Investigations into the jail dietaries of the United Provinces with some observations on the influence of dietary on the physical development and well-being of the people of the United Provinces - Number 48
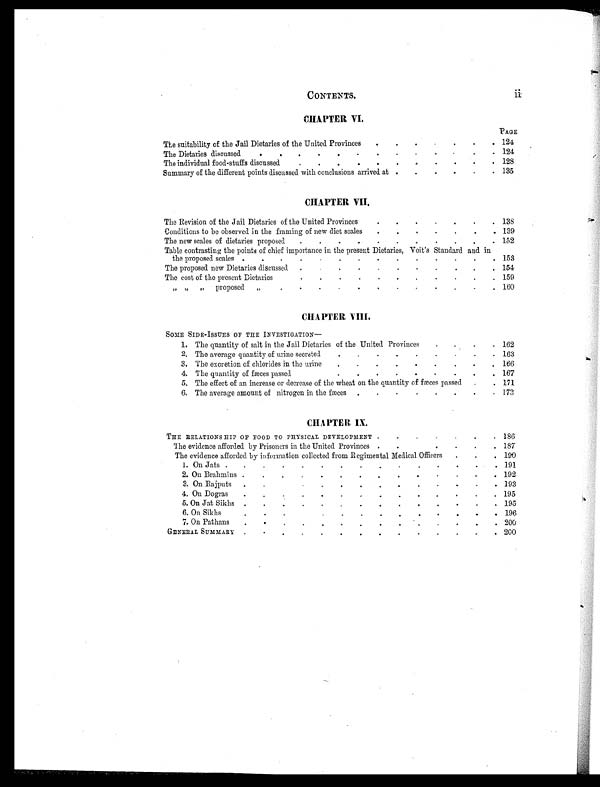
CONTENTS, ii
CHAPTER VI .
PAGE
The suitability of the Jail Dietaries of the United Provinces .
.
.
. .
.
. 124
The Dietaries discussed
.
.
.
.
.
.
.
.
.
.
.
.
. 124
The individual food-stuffs discussed
.
.
.
.
.
.
.
.
. . . 128
Summary of the different points discussed with conclusions arrived at .
. .
. . . 135
CHAPTER VII.
The Revision of the Jail Dietaries of the United Provinces
.
.
.
.
.
.
. 138
Conditions to be observed in the framing of new diet scales
.
.
. .
.
.
. 139
The new scales of dietaries proposed
.
.
.
.
.
.
.
.
.
.
. 152
Table contrasting the points of chief importance in the present Dietaries, Voit's Standard and in
the proposed scales .
.
.
.
.
.
.
.
.
.
.
. . . 1 5 3
The proposed new Dietaries discussed . .
. .
.
.
.
.
.
.
.
. 154
The cost of the present Dietaries
.
.
.
.
.
.
.
. .
. . . 159
„ „ „ proposed „
.
.
.
.
.
.
.
. .
.
.
. 160
C H A P T E R V I I I .
SOME SIDE-ISSUES OF THE INVESTIGATION
—
1. The quantity of salt in the Jail Dietaries of the United Provinces
.
.
.
. 162
2. The average quantity of urine secreted
.
.
.
.
.
.
.
.
. 163
3. The excretion of chlorides in the urine
.
.
.
.
.
.
.
.
. 166
4. The quantity of fæces passed
.
.
.
.
.
.
.
.
. 167
5. The effect of an increase or decrease of the wheat on the quantity of fæces passed
.
. 171
6. The average amount of nitrogen in the fæces
.
.
.
. .
.
. . 173
CHAPTER IX.
THE RELATIONS HIP OF FOOD TO PHYSICAL DEVELOPMENT .
.
. .
. . . 186
The evidence afforded by Prisoners in the United Provinces .
.
.
.
.
. 187
The evidence afforded by information collected from Regimental Medical Officers
.
.
. 190
1. On Jats .
.
.
.
.
.
.
.
.
.
.
.
.
.
. 191
2. On Brahmins .
.
.
.
.
.
.
.
.
.
.
.
.
. 192
3. On Rajputs .
.
.
.
.
.
.
.
.
.
.
.
. 193
4. On Dogras
.
.
.
.
.
.
.
.
.
.
.
.
.
. 195
5. On Jat Sikhs .
.
.
.
.
.
.
.
.
.
.
. .
. 195
6. On Sikhs
.
.
.
.
.
.
.
.
.
.
.
.
.
. 196
7. On Pathans
.
.
.
.
.
.
.
.
.
.
.
. .
. 200
GENERAL SUMMARY
.
. .
.
.
.
.
.
.
.
.
.
.
. 200